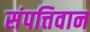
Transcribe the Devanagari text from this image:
संपत्तिवान